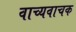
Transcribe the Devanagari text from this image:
वाच्यवाचक